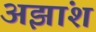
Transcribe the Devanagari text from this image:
अझांश